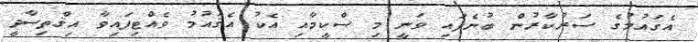
އެޤައުމުގެ ސަރުކާރުން ބުނެފައި ވަނީ މި ސްކީމާއި އެކު އެޤައުމު ވެއްޓިފައިވާ އިޤްތިސާދީ